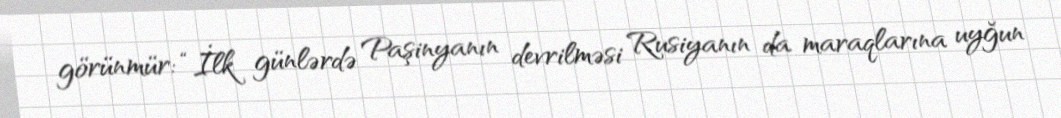
görünmür: “İlk günlərdə Paşinyanın devrilməsi Rusiyanın da maraqlarına uyğun